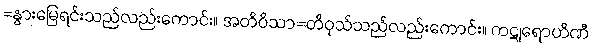
=နွားမြေရင်းသည်လည်းကောင်း။ အတိဝိသာ=တိဝုသ်သည်လည်းကောင်း။ ကဋုရောဟိဏီ